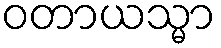
ဝတာယသ္မာ